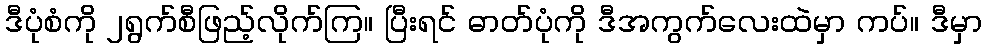
ဒီပုံစံကို ၂ရွက်စီဖြည့်လိုက်ကြ။ ပြီးရင် ဓာတ်ပုံကို ဒီအကွက်လေးထဲမှာ ကပ်။ ဒီမှာ